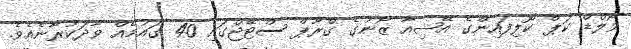
ވޯލްޑް ކަޕް ކޮލިފައިންގެ އޭޝިއާ ޒޯނުގެ ގްރޫޕް ސްޓޭޖްގައި 40 ގައުމެއް ވާދަކުރާނެއެވެ.